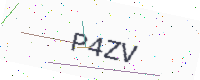
Text: P4ZV